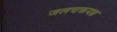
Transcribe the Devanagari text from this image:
जलचक्रयन्त्र